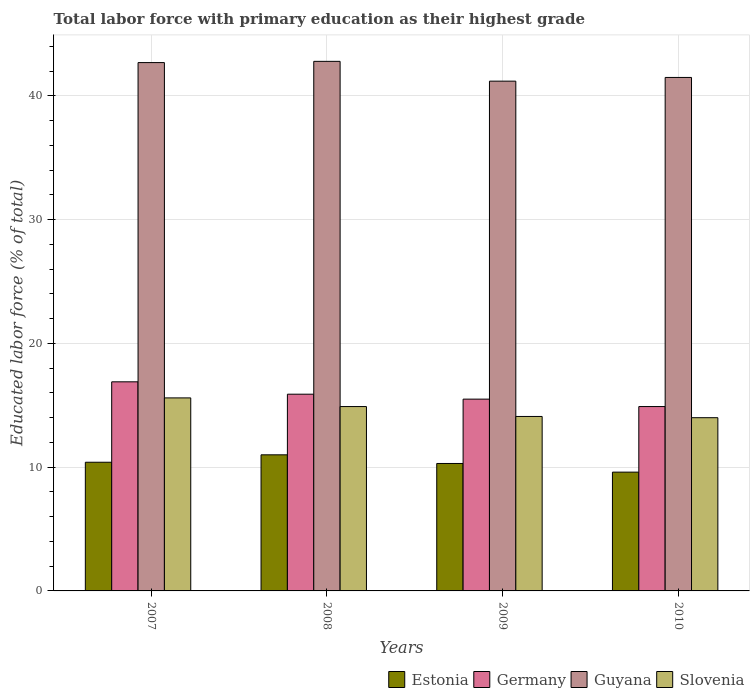
| Years | Estonia | Germany | Guyana | Slovenia |
 | --- | --- | --- | --- | --- |
 | 2007 | 10.4 | 16.9 | 42.7 | 15.6 |
 | 2008 | 11 | 15.9 | 42.8 | 14.9 |
 | 2009 | 10.3 | 15.5 | 41.2 | 14.1 |
 | 2010 | 9.6 | 14.9 | 41.5 | 14 |